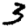
Digit: 3